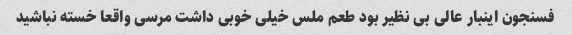
فسنجون اینبار عالی بی نظیر بود طعم ملس خیلی خوبی داشت مرسی واقعا خسته نباشید